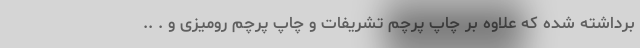
برداشته شده که علاوه بر چاپ پرچم تشریفات و چاپ پرچم رومیزی و . ..